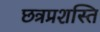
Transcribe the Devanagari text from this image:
छत्रप्रशस्ति